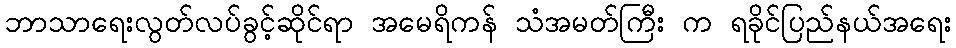
ဘာသာရေးလွတ်လပ်ခွင့်ဆိုင်ရာ အမေရိကန် သံအမတ်ကြီး က ရခိုင်ပြည်နယ်အရေး